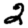
Digit: 2